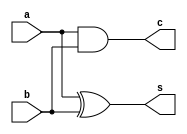
`timescale 1ns / 1ps
//////////////////////////////////////////////////////////////////////////////////
// Company: 
// Engineer: 
// 
// Design Name: 
// Module Name:    half_adder 
// Project Name: 
// Target Devices: 
// Tool versions: 
// Description: 
//
// Dependencies: 
//
// Revision: 
// Revision 0.01 - File Created
// Additional Comments: 
//
//////////////////////////////////////////////////////////////////////////////////
module half_adder(
    input a,
    input b,
    output s,
    output c
    );

	xor(s, a, b);
	and(c, a, b);

endmodule